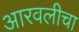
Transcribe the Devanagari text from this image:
आरवलीचा